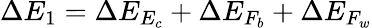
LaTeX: \Delta E_{1}=\Delta E_{E_{c}}+\Delta E_{F_{b}}+\Delta E_{F_{w}}